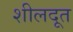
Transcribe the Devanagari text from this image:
शीलदूत